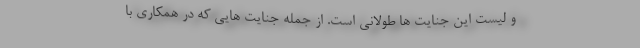
و لیست این جنایت ها طولانی است. از جمله جنایت هایی که در همکاری با